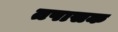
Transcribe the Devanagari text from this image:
तपासक